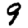
Digit: 9